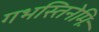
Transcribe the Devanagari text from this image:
गभस्तिनेमिः